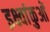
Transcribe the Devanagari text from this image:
इक्ष्वांकुओं